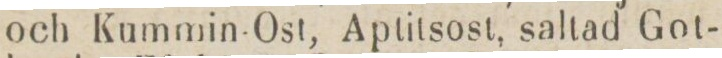
och Kummin-Ost, Aptitsost, saltad Got-